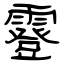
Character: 霯